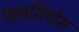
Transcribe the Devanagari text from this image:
पॅलासियोस